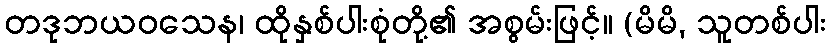
တဒုဘယဝသေန၊ ထိုနှစ်ပါးစုံတို့၏ အစွမ်းဖြင့်။ (မိမိ, သူတစ်ပါး